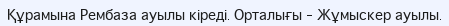
Құрамына Рембаза ауылы кіреді. Орталығы – Жұмыскер ауылы.